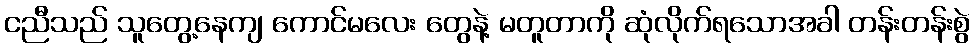
ငညီသည် သူတွေ့နေကျ ကောင်မလေး တွေနဲ့ မတူတာကို ဆုံလိုက်ရသောအခါ တန်းတန်းစွဲ